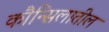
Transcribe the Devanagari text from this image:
कौन्सिलातील